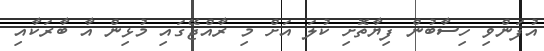
އުފަންވި ހިސާބުން ފިޔާތޮށި ކުލަ އަށް މި ރާއްޖޭގައި މުޅިން އާ ބާރަކާއި